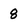
Character: 8